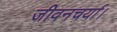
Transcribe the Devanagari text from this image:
जीवनचर्या।